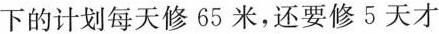
下的计划每天修65米，还要修5天才